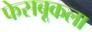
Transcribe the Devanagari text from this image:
फेसबूकला